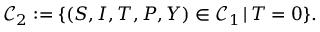
\mathcal { C } _ { 2 } : = \{ ( S , I , T , P , Y ) \in \mathcal { C } _ { 1 } \, | \, T = 0 \} .